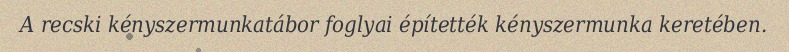
A recski kényszermunkatábor foglyai építették kényszermunka keretében.